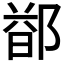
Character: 𬪐